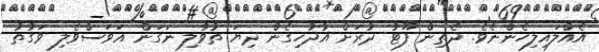
އެއްލައިލިހެންނެވެ. ދެތިން ފޫޓު ދުރަށް އުދުހިގެން ދިޔަ ތުވާލި ނަގަން އަވަސްވެލި ވަގުތު